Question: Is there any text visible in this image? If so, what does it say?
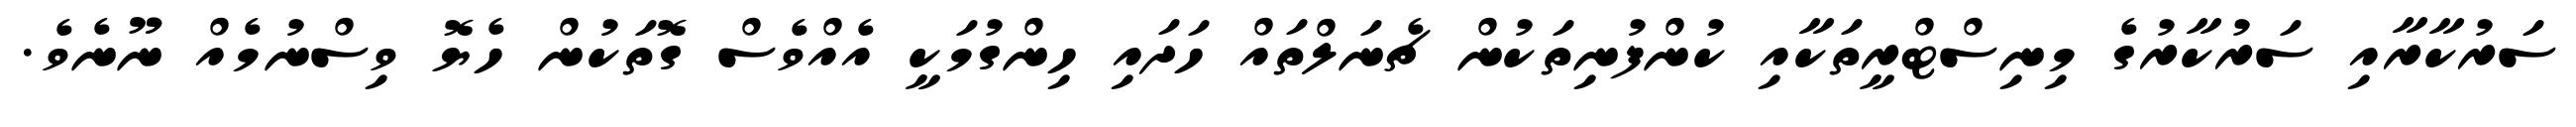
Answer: ސަރުކާރާއި ސަރުކާރުގެ މިނިސްޓްރީތަކާއި ކުންފުނިތަކުން ޗެނަލްތައް ހަދައި ހިންގުމަކީ އެއްވެސް ގޮތަކުން ހެޔޮ ވިސްނުމެއް ނޫނެވެ.